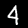
Digit: 4